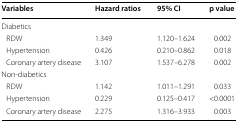
<table><thead><tr><td><b>Variables</b></td><td><b>Hazard ratios</b></td><td><b>95% CI</b></td><td><b>p value</b></td></tr></thead><tbody><tr><td colspan="4">Diabetics</td></tr><tr><td> RDW</td><td>1.349</td><td>1.120–1.624</td><td>0.002</td></tr><tr><td> Hypertension</td><td>0.426</td><td>0.210–0.862</td><td>0.018</td></tr><tr><td> Coronary artery disease</td><td>3.107</td><td>1.537–6.278</td><td>0.002</td></tr><tr><td colspan="4">Non-diabetics</td></tr><tr><td> RDW</td><td>1.142</td><td>1.011–1.291</td><td>0.033</td></tr><tr><td> Hypertension</td><td>0.229</td><td>0.125–0.417</td><td>&lt;0.0001</td></tr><tr><td> Coronary artery disease</td><td>2.275</td><td>1.316–3.933</td><td>0.003</td></tr></tbody></table>